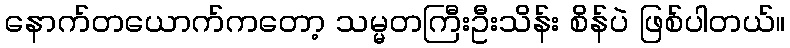
နောက်တယောက်ကတော့ သမ္မတကြီးဦးသိန်း စိန်ပဲ ဖြစ်ပါတယ်။